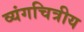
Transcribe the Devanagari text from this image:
व्यंगचित्रीय